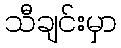
သီချင်းမှာ